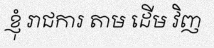
ខ្ញុំ រាជការ តាម ដើម វិញ